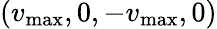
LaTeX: (v_{\mathrm{max}},0,-v_{\mathrm{max}},0)